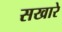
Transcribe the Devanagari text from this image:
सखारे